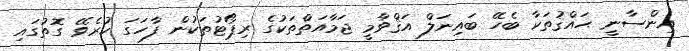
އިންސާނީ ޙައްޤުތަކާ ބެހޭ ބައިނަލް އަޤްވާމީ ޖަމާއަތްތަކުގެ ރިޕޯޓުތަކުން ފާހަގަ ކުރެވޭ ގޮތުގައި